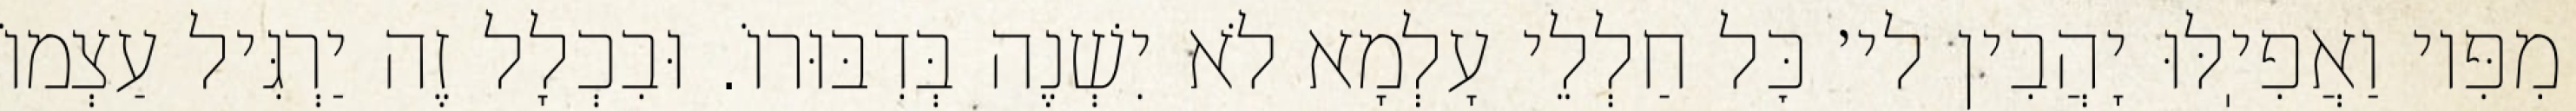
מִפִּיו וַאֲפִיֽלּוּ יָהֲבִין לי׳ כׇּל חַלְלֵי עָלְמָא לֹא יִשְׁנֶה בְּדִבּוּרוֹ. וּבִכְלָל זֶה יַרְגִּיל עַצְמוֹ